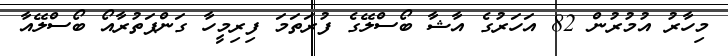
މިހާރު އުމުރުން 82 އަހަރުގެ އާޝާ ބޯސްލޭގެ ފުރަތަމަ ފިރިމީހާ ގަންޕަތުރާއޯ ބޯސްލޭއާ